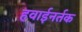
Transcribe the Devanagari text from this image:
हवाईनर्तक